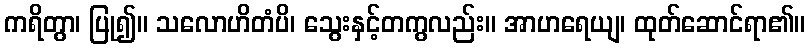
ကရိတွာ၊ ပြု၍။ သလောဟိတံပိ၊ သွေးနှင့်တကွလည်း။ အာဟရေယျ၊ ထုတ်ဆောင်ရာ၏။